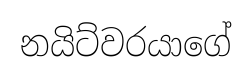
නයිට්වරයාගේ